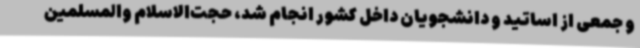
و جمعی از اساتید و دانشجویان داخل کشور انجام شد، حجت‌الاسلام والمسلمین